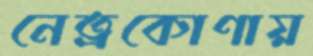
নেত্রকোণায়